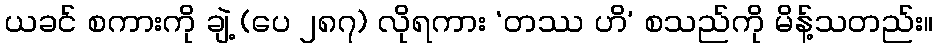
ယခင် စကားကို ချဲ့ (ပေ ၂၈၇) လိုရကား ‘တဿ ဟိ’ စသည်ကို မိန့်သတည်း။